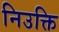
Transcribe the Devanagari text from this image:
निउक्ति